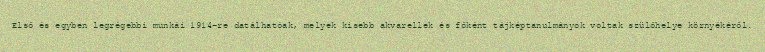
Első és egyben legrégebbi munkái 1914-re datálhatóak, melyek kisebb akvarellek és főként tájképtanulmányok voltak szülőhelye környékéről.